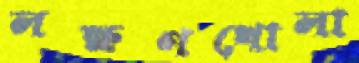
লক্ষণখোলা